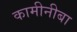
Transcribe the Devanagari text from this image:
कामीनीबा